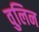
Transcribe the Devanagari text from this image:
वुलिन